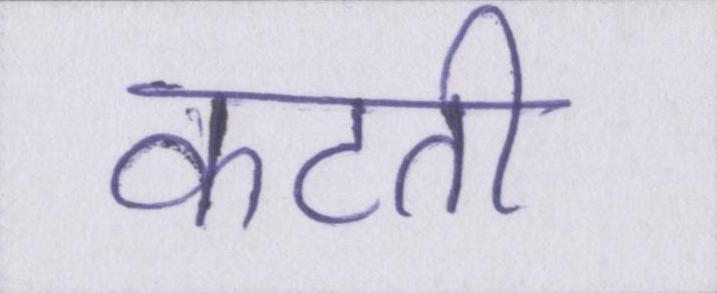
कटती